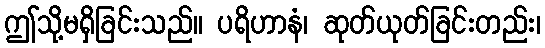
ဤသို့မရှိခြင်းသည်။ ပရိဟာနံ၊ ဆုတ်ယုတ်ခြင်းတည်း၊